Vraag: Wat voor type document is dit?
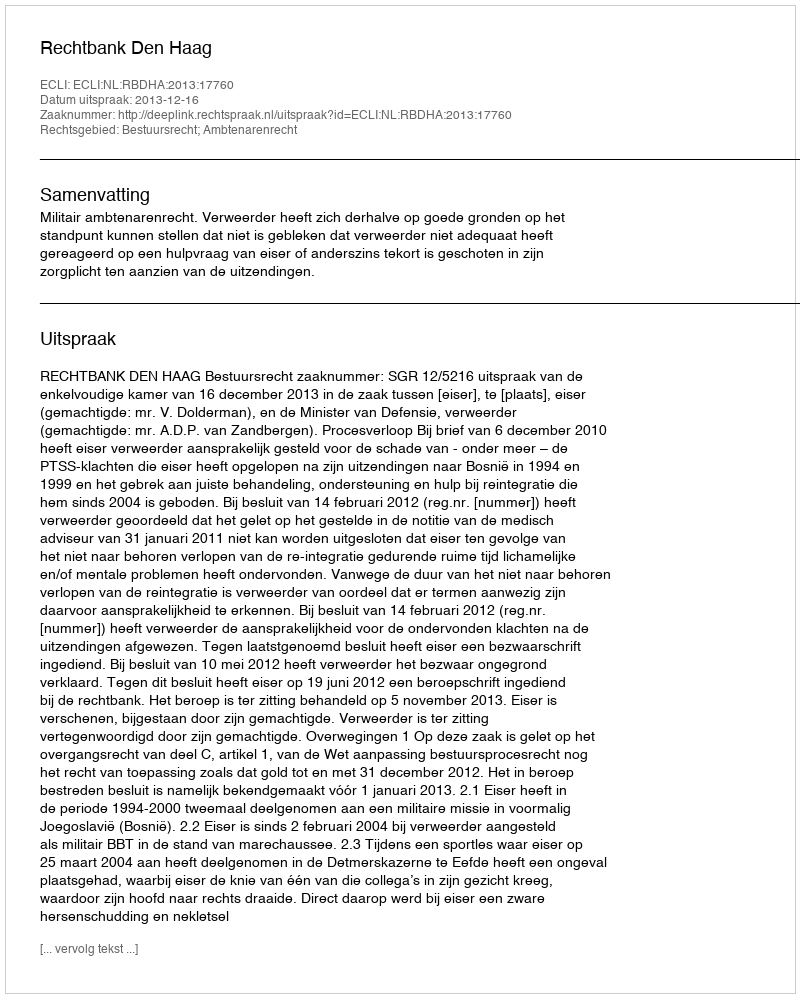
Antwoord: Uitspraak